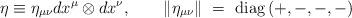
LaTeX: \begin{align*}\eta\equiv \eta_{\mu\nu}dx^\mu\otimes dx^\nu,\qquad\|\eta_{\mu\nu}\|~=~{\rm diag}\,(+,-,-,-)\end{align*}